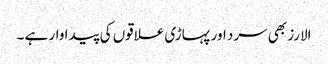
الارز بھی سرد اور پہاڑی علاقوں کی پیدا وار ہے ۔